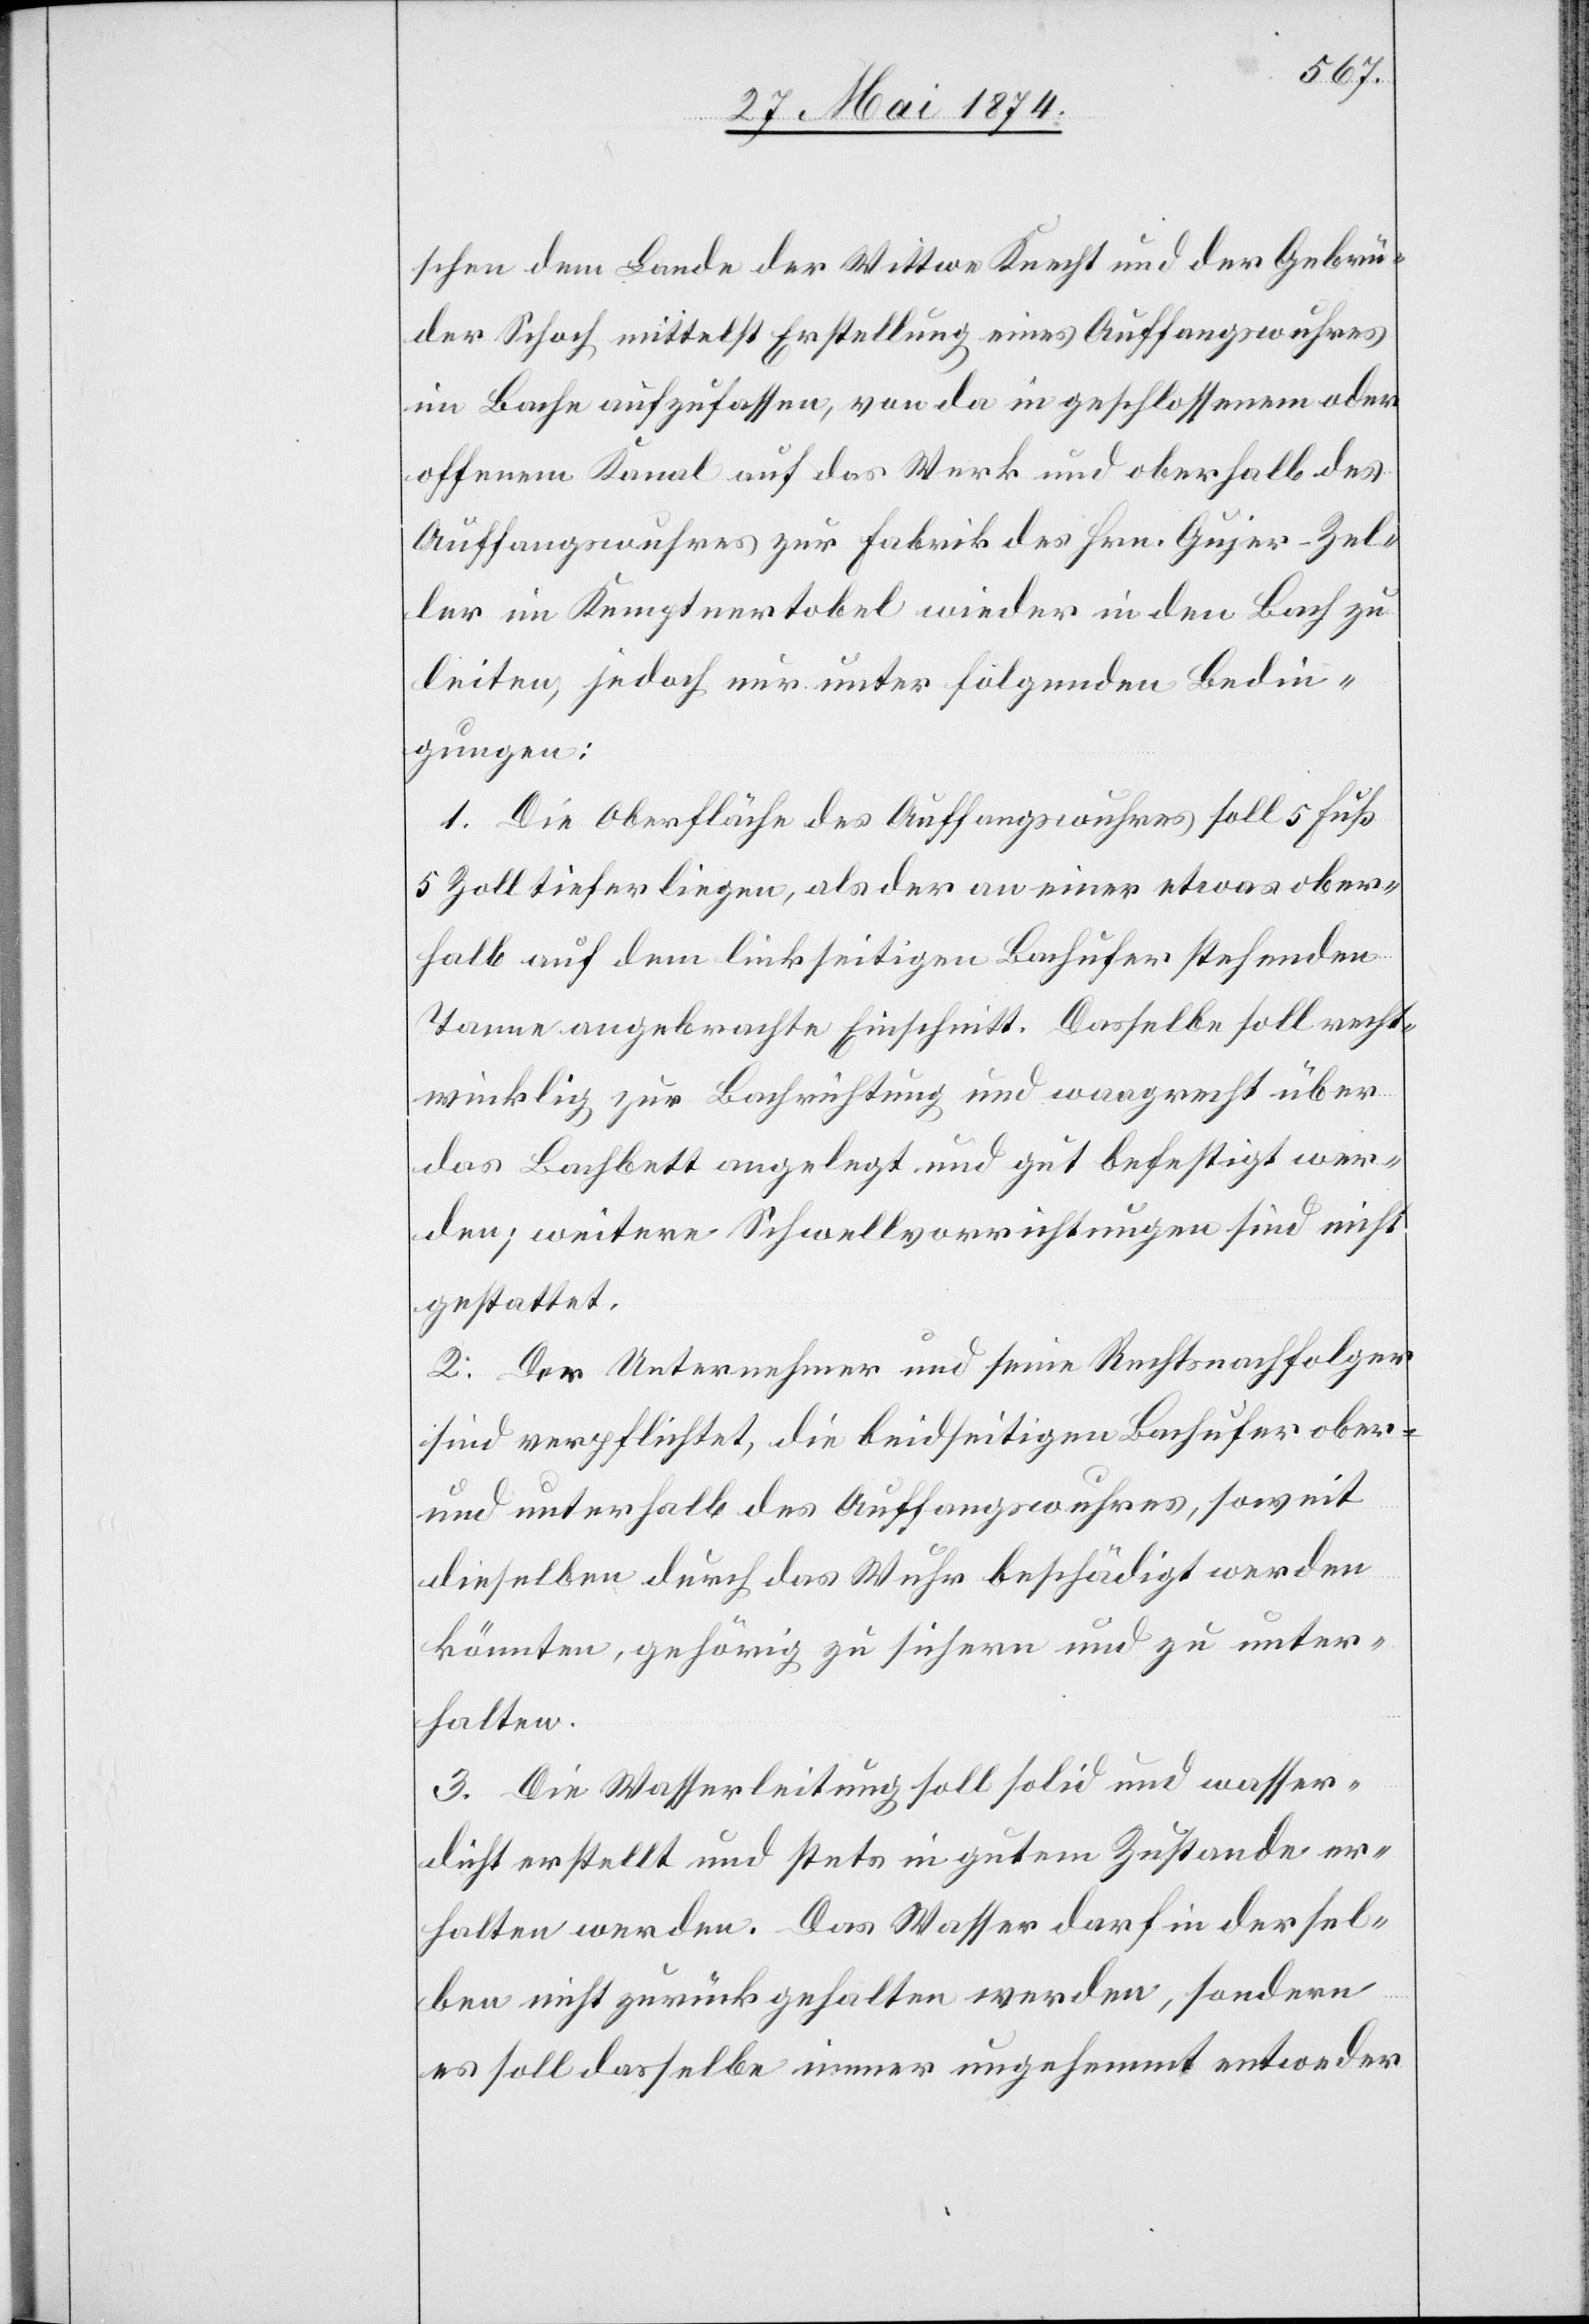
schen dem Lande der Wittwe Knecht und der Gebrü¬
der Schoch mittelst Erstellung eines Auffangswuhres
im Bache aufzufassen, von da in geschlossenem oder
offenem Kanal auf das Werk und oberhalb des
Auffangswuhres zur Fabrik des Hrn. Gujer-Zel¬
ler im Kemptenertobel wieder in den Bach zu
leiten, jedoch nur unter folgenden Bedin¬
gungen:
1. Die Oberfläche des Auffangswuhres soll 5 Fuß
5 Zoll tiefer liegen, als der an einer etwas ober¬
halb auf dem linkseitigen Bachufer stehenden
Tanne angebrachte Einschnitt. Dasselbe soll recht¬
winklig zur Bachrichtung und waagrecht über
das Bachbett angelegt und gut befestigt wer¬
den; weitere Schwellvorrichtungen sind nicht
gestattet.
2. Der Unternehmer und seine Rechtsnachfolger
sind verpflichtet, die beidseitigen Bachufer ober-
und unterhalb des Auffangswuhres, soweit
dieselben durch das Wuhr beschädigt werden
könnten, gehörig zu sichern und zu unter¬
halten.
3. Die Wasserleitung soll solid und wasser¬
dicht erstellt und stets in gutem Zustande er¬
halten werden. Das Wasser darf in der sel¬
ben nicht zurückgehalten werden, sondern
es soll dasselbe immer ungehemmt entweder